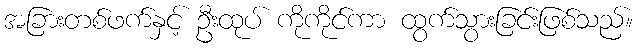
အခြားတစ်ဖက်နှင့် ဦးထုပ် ကိုကိုင်ကာ ထွက်သွားခြင်းဖြစ်သည်။